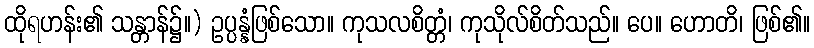
ထိုရဟန်း၏ သန္တာန်၌။) ဥပ္ပန္နံဖြစ်သော။ ကုသလစိတ္တံ၊ ကုသိုလ်စိတ်သည်။ ပေ။ ဟောတိ၊ ဖြစ်၏။